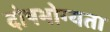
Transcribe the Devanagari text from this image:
दोषभोग्यता